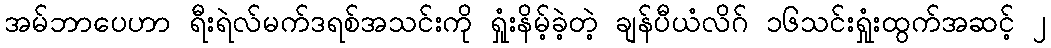
အမ်ဘာပေဟာ ရီးရဲလ်မက်ဒရစ်အသင်းကို ရှုံးနိမ့်ခဲ့တဲ့ ချန်ပီယံလိဂ် ၁၆သင်းရှုံးထွက်အဆင့် ၂